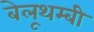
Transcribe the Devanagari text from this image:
बेलूथम्बी